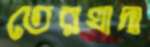
তেরখাদা